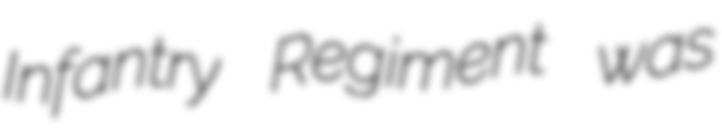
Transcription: Infantry Regiment was